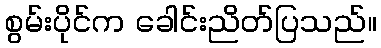
စွမ်းပိုင်က ခေါင်းညိတ်ပြသည်။